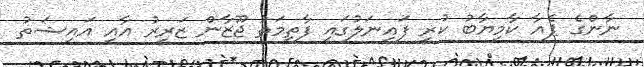
ނާންގެ ޕެއާ ކާމިޔާބު ކުރީ ފައިނަލުގައި ފާތިމަތު ޖޫޒާން ޒަރީރު އާއި އައިޝަތު